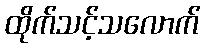
ထိုက်သင့်သလောက်